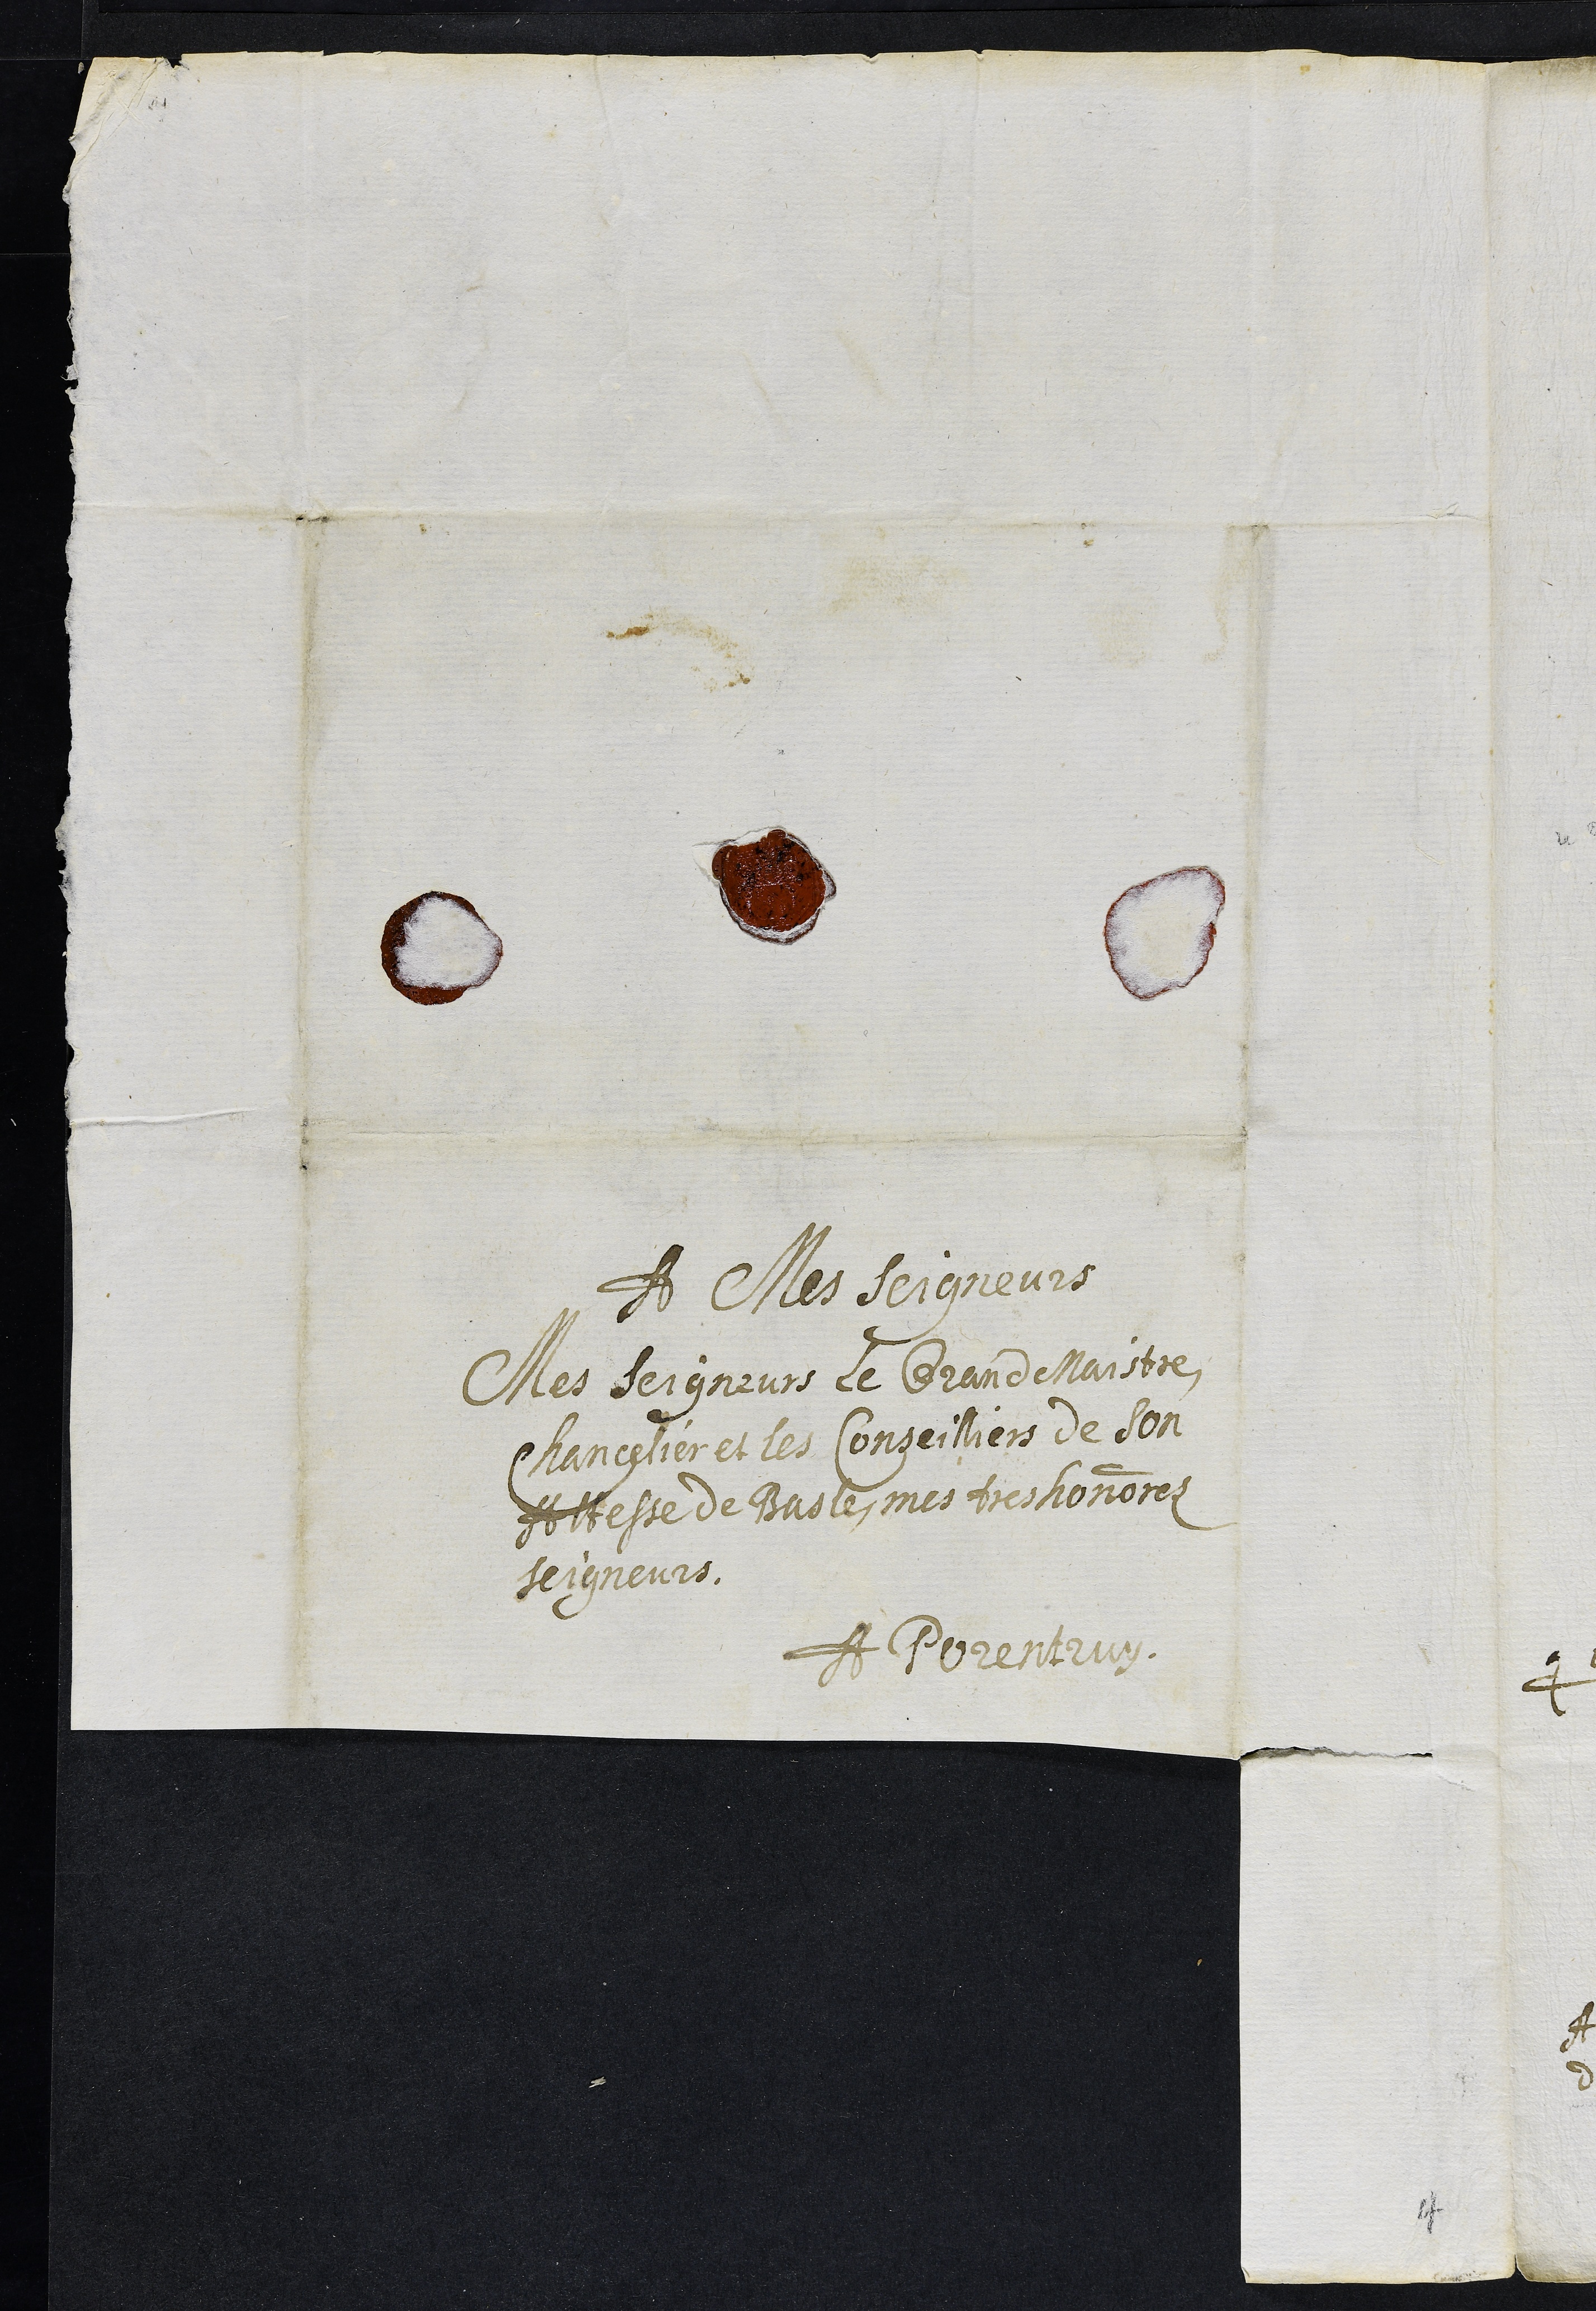
A Mes Seigneurs
Mes Seigneurs le Grand Maistre,
Chancelier et les Conseilliers de son
Altesse de Basle, mes tres honnorez
seigneurs.
A Porentruy
4